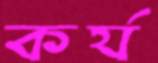
কর্য